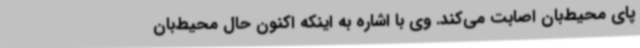
پای محیط‌بان اصابت می‌کند. ‌وی با اشاره به اینکه اکنون حال محیط‌بان